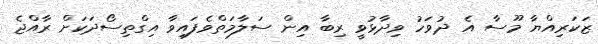
ޒަކަރިއްޔާ މޫސާ އެ ދުވަހު ވިދާޅުވީ ރިބާ އިން ސަލާމަތްވެފައިވާ އިގްތިސޯދަކަށް ރާއްޖެ